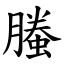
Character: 螣